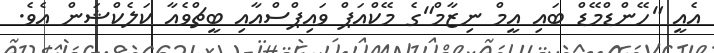
އެއީ "ހޭންޑްމޭޑް ބައި އީމް ނިޒާމް"ގެ މޭކްއަޕް ވައިޕްސްއާއި ބީޗްވެއާ ކަލެކްޝަން އެވެ.